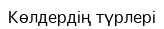
Көлдердің түрлері